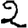
Digit: 2